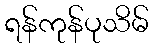
ရန်ကုန်ပုသိမ်